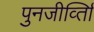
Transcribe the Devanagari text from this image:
पुनजीर्व्ताि